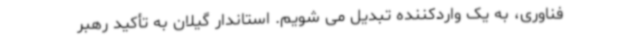
فناوری، به یک واردکننده تبدیل می شویم. استاندار گیلان به تأکید رهبر